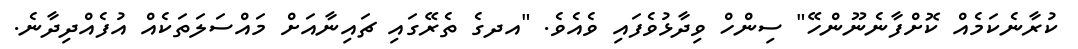
ކުރާނެކަމެއް ކޮށްފާނެނޫންހޭ" ސިންހް ވިދާޅުވެފައި ވެއެވެ. "އދގެ ތެރޭގައި ޗައިނާއަށް މައްސަލަތަކެއް އުފެއްދިދާނެ.